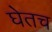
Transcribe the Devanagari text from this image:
घेतच